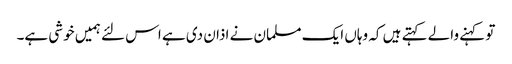
تو کہنے والے کہتے ہیں کہ وہاں ایک مسلمان نے اذان دی ہے اس لئے ہمیں خوشی ہے۔